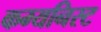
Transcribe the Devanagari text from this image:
कम्यनिस्ट